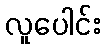
လူပေါင်း